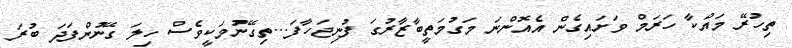
ތިހުރޭ މައްކާ ހަރަމް ވަށައިގެން އެއޮންނަ މަގުމަތީބާޒާރުގަ ފުނިޖަހާފަ...ތިގޭނުމަކީވެސް ހިލަ ގޭނުންފަދަ ބުރަ